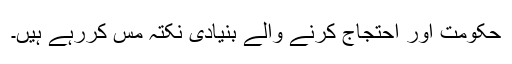
حکومت اور احتجاج کرنے والے بنیادی نکتہ مس کررہے ہیں۔